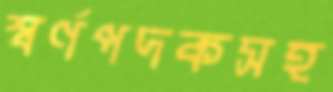
স্বর্ণপদকসহ